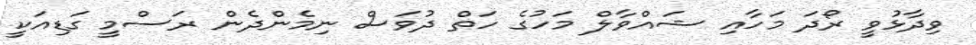
ވިދާޅުވީ ރޯދަ މަހާއި ޝައްވާލް މަހުގެ ހަތް ދުވަސް ނިމެންދެން ރަސްމީ ގަޑިއަކީ